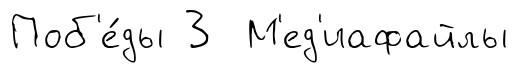
Поб'е́ды 3 М'ед'иафайлы